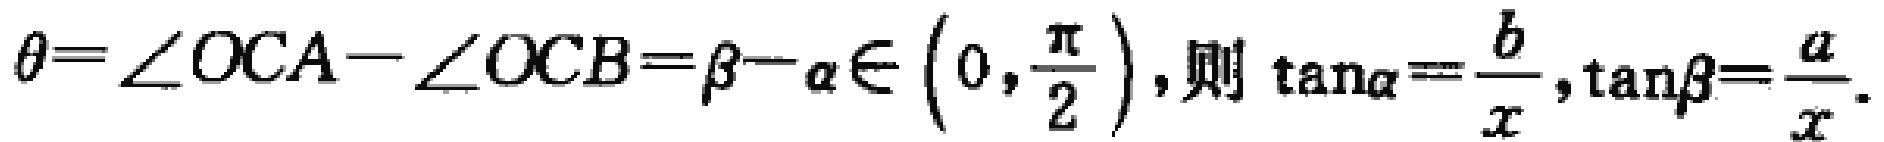
\(\theta=\angle OCA - \angle OCB=\beta - \alpha\in\left(0,\frac{\pi}{2}\right),\text{则}\tan\alpha = \frac{b}{x},\tan\beta=\frac{a}{x}.\)